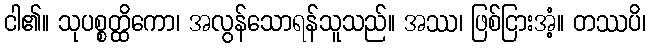
ငါ၏။ သုပစ္စတ္ထိကော၊ အလွန်သောရန်သူသည်။ အဿ၊ ဖြစ်ငြားအံ့။ တဿပိ၊